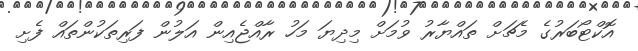
އޮކްޓޯބަރުގެ މެޗަށް ތައްޔާރު ވުމަށް މިދިޔަ މަހު ރާއްޖެއިން އަލުން ފަރިތަކުންތައް ފެށި